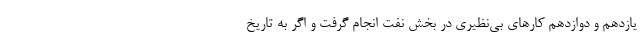
یازدهم و دوازدهم کارهای بی‌نظیری در بخش نفت انجام گرفت و اگر به تاریخ